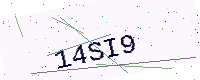
Text: 14SI9